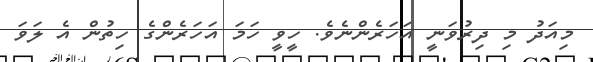
މިއަދު މި ދިރުވަނީ އަހަރެންނެވެ. ހީވީ ހަމަ އަހަރެންގެ ހިތުން އެ ލަވަ